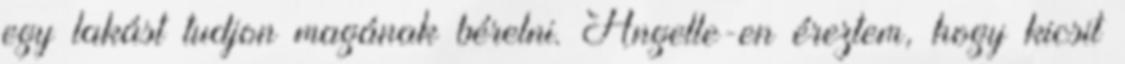
egy lakást tudjon magának bérelni. Angelle-en éreztem, hogy kicsit